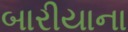
બારીયાના